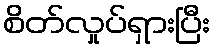
စိတ်လှုပ်ရှားပြီး